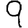
Digit: 9